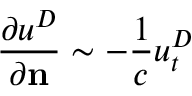
{ \frac { \partial u ^ { D } } { \partial \mathbf n } } \sim - { \frac { 1 } { c } } u _ { t } ^ { D }